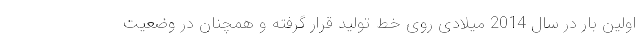
اولین بار در سال 2014 میلادی روی خط تولید قرار گرفته و همچنان در وضعیت